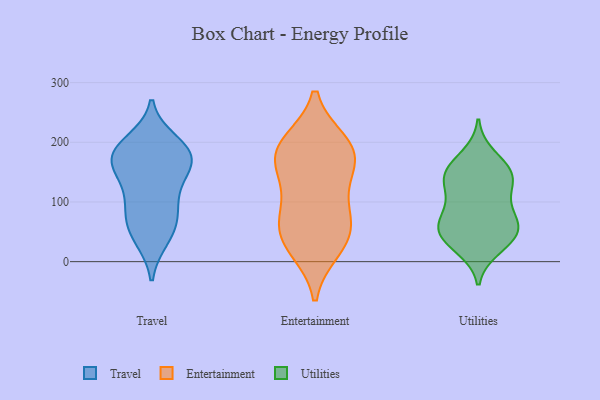
{"axis": {"x": "Population (Million)", "y": "Value"}, "legend": ["Entertainment", "Travel", "Utilities"], "data": [{"x": "", "y": 179, "type": "Travel"}, {"x": "", "y": 46, "type": "Travel"}, {"x": "", "y": 87, "type": "Travel"}, {"x": "", "y": 87, "type": "Travel"}, {"x": "", "y": 179, "type": "Travel"}, {"x": "", "y": 200, "type": "Travel"}, {"x": "", "y": 188, "type": "Travel"}, {"x": "", "y": 179, "type": "Travel"}, {"x": "", "y": 166, "type": "Travel"}, {"x": "", "y": 39, "type": "Travel"}, {"x": "", "y": 65, "type": "Travel"}, {"x": "", "y": 161, "type": "Travel"}, {"x": "", "y": 120, "type": "Travel"}, {"x": "", "y": 139, "type": "Travel"}, {"x": "", "y": 156, "type": "Entertainment"}, {"x": "", "y": 199, "type": "Entertainment"}, {"x": "", "y": 196, "type": "Entertainment"}, {"x": "", "y": 56, "type": "Entertainment"}, {"x": "", "y": 25, "type": "Entertainment"}, {"x": "", "y": 69, "type": "Entertainment"}, {"x": "", "y": 189, "type": "Entertainment"}, {"x": "", "y": 21, "type": "Entertainment"}, {"x": "", "y": 123, "type": "Entertainment"}, {"x": "", "y": 182, "type": "Entertainment"}, {"x": "", "y": 89, "type": "Entertainment"}, {"x": "", "y": 164, "type": "Entertainment"}, {"x": "", "y": 50, "type": "Entertainment"}, {"x": "", "y": 74, "type": "Utilities"}, {"x": "", "y": 70, "type": "Utilities"}, {"x": "", "y": 95, "type": "Utilities"}, {"x": "", "y": 152, "type": "Utilities"}, {"x": "", "y": 31, "type": "Utilities"}, {"x": "", "y": 23, "type": "Utilities"}, {"x": "", "y": 140, "type": "Utilities"}, {"x": "", "y": 135, "type": "Utilities"}, {"x": "", "y": 46, "type": "Utilities"}, {"x": "", "y": 55, "type": "Utilities"}, {"x": "", "y": 46, "type": "Utilities"}, {"x": "", "y": 145, "type": "Utilities"}, {"x": "", "y": 152, "type": "Utilities"}, {"x": "", "y": 113, "type": "Utilities"}, {"x": "", "y": 177, "type": "Utilities"}, {"x": "", "y": 57, "type": "Utilities"}]}